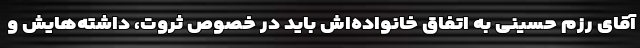
آقای رزم حسینی به اتفاق خانواده‌اش باید در خصوص ثروت، داشته‌هایش و